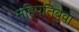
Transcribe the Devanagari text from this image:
महिपतिबुवा